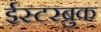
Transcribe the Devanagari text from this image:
ईस्टरब्रुक